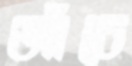
আঁচে